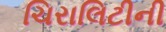
ચિરાલિટીની